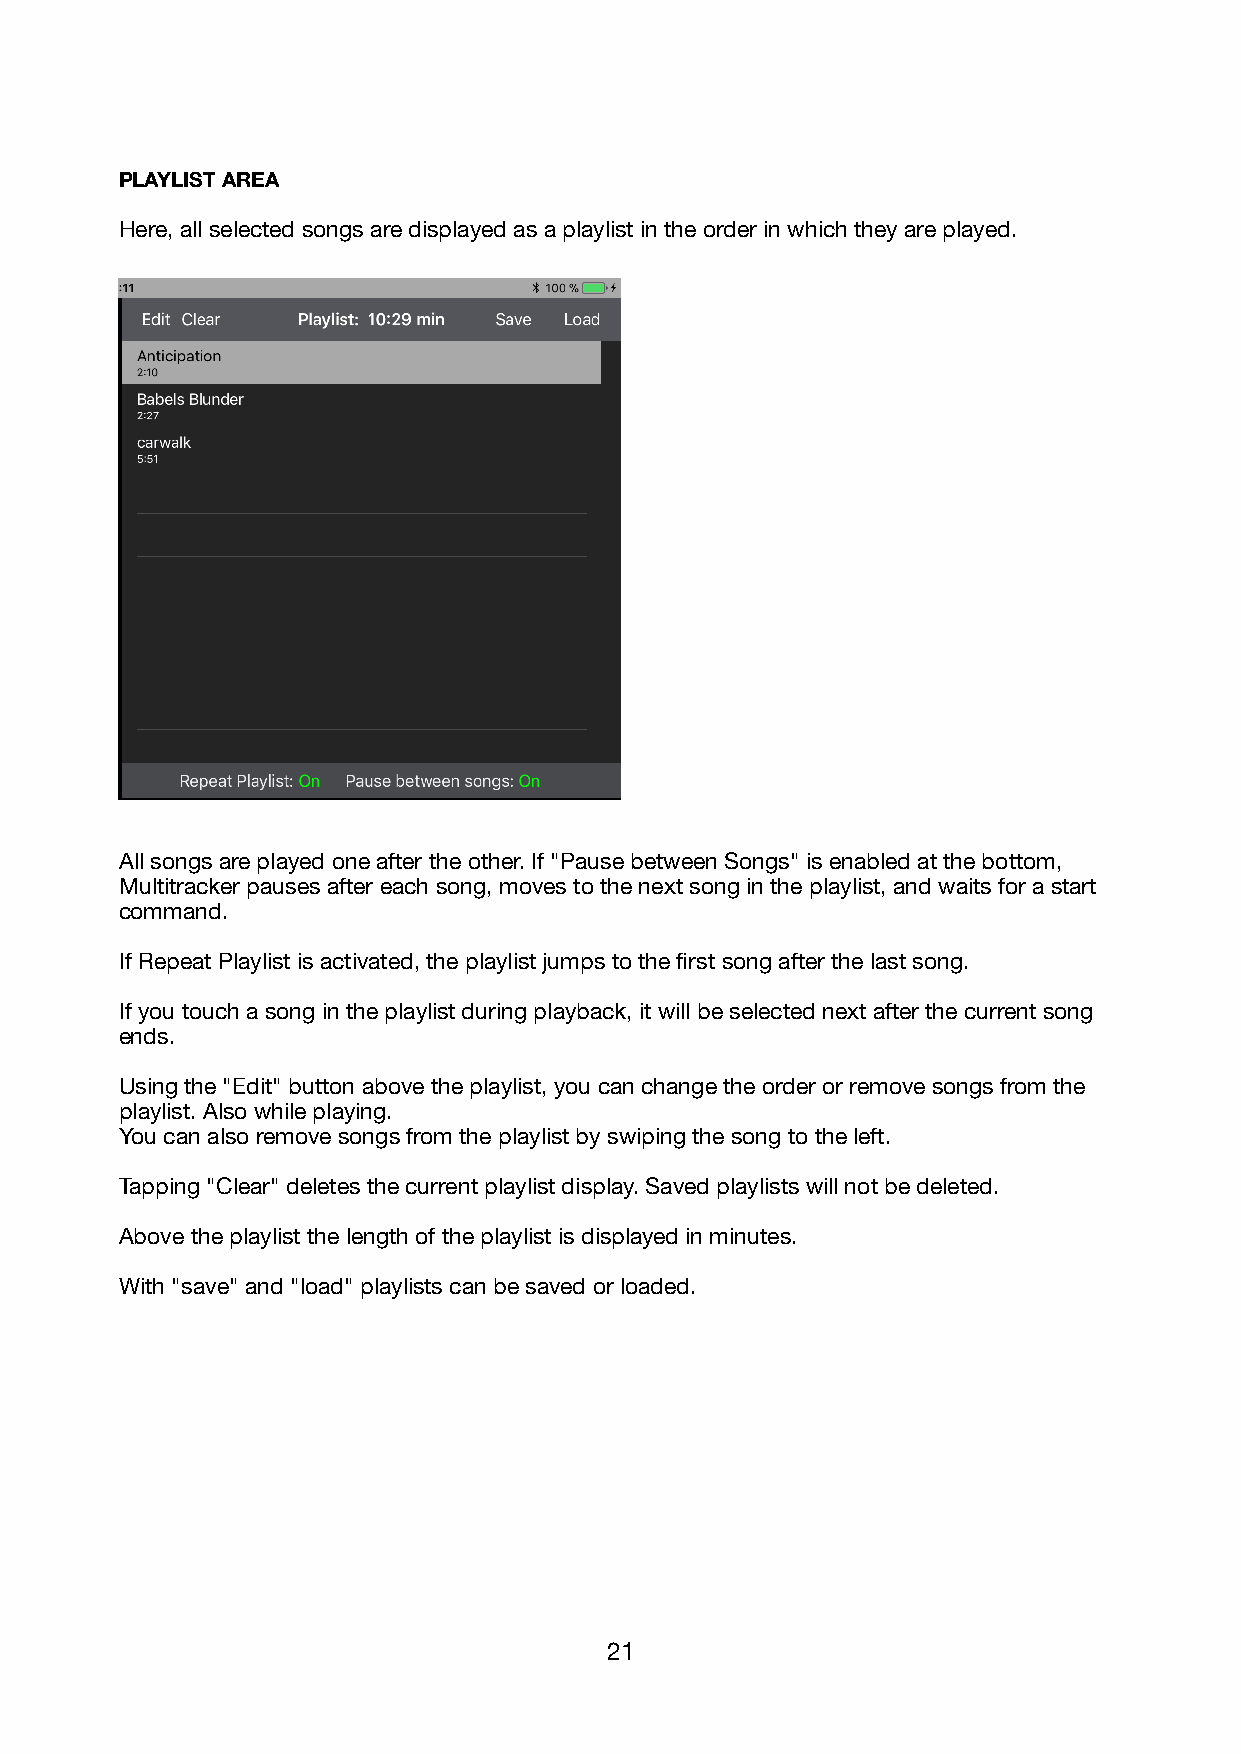
PLAYLIST AREA
 Here, all selected songs are displayed as a playlist in the order in which they are played.
 All songs are played one after the other. If "Pause between Songs" is enabled at the bottom,
 Multitracker pauses after each song, moves to the next song in the playlist, and waits for a start
 command.
 If Repeat Playlist is activated, the playlist jumps to the first song after the last song.
 If you touch a song in the playlist during playback, it will be selected next after the current song
 ends.
 Using the "Edit" button above the playlist, you can change the order or remove songs from the
 playlist. Also while playing.
 You can also remove songs from the playlist by swiping the song to the left.
 Tapping "Clear" deletes the current playlist display. Saved playlists will not be deleted.
 Above the playlist the length of the playlist is displayed in minutes.
 With "save" and "load" playlists can be saved or loaded.
 21